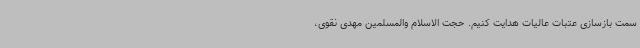
سمت بازسازی عتبات عالیات هدایت کنیم. حجت الاسلام والمسلمین مهدی نقوی،